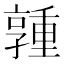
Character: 𪧃